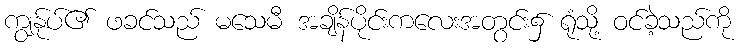
ကျွန်ုပ်၏ ဖခင်သည် မသေမီ အချိန်ပိုင်းကလေးအတွင်း၌ ရုံသို့ ဝင်ခဲ့သည်ကို